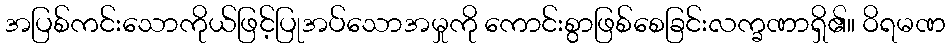
အပြစ်ကင်းသောကိုယ်ဖြင့်ပြုအပ်သောအမှုကို ကောင်းစွာဖြစ်စေခြင်းလက္ခဏာရှိ၏။ ဝိရမဏ